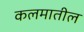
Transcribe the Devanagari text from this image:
कलमातील